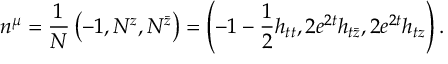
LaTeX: n ^ { \mu } = { \frac { 1 } { N } } \left( - 1 , N ^ { z } , N ^ { \bar { z } } \right) = \left( - 1 - { \frac { 1 } { 2 } } h _ { t t } , 2 e ^ { 2 t } h _ { t \bar { z } } , 2 e ^ { 2 t } h _ { t z } \right) .